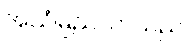
အသံမြည်လာသည်။